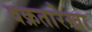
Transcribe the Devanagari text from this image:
वक्रतारेखा